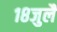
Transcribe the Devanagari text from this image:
१८जुलै